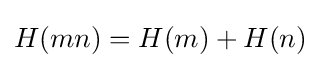
H(mn)=H(m)+H(n)